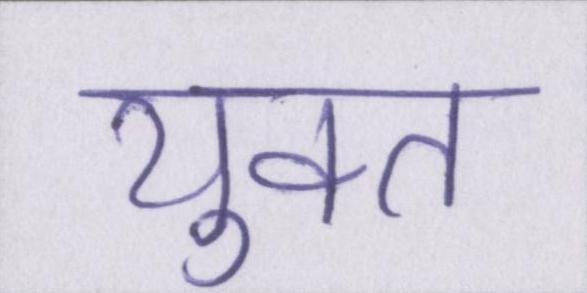
युक्त